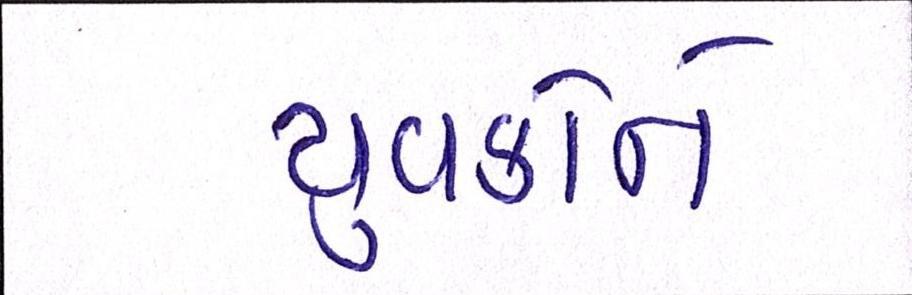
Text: યુવકોને